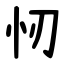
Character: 㣼